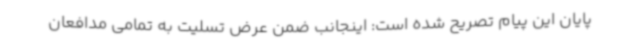
پایان این پیام تصریح شده است: اینجانب ضمن عرض تسلیت به تمامی مدافعان